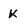
Character: K